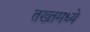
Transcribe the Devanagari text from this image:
तख्तमध्ये